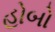
હોબો